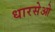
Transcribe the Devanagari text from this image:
धारसेओ